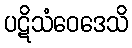
ပဋိသံဝေဒေသိ